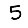
Digit: 5